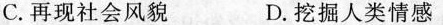
C.再现社会风貌 D.挖掘人类情感